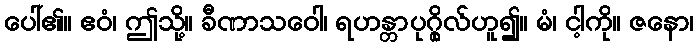
ပေါ်၏။ ဧဝံ၊ ဤသို့။ ခီဏာသဝေါ၊ ရဟန္တာပုဂ္ဂိုလ်ဟူ၍။ မံ၊ ငါ့ကို။ ဇနော၊